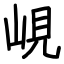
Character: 峴